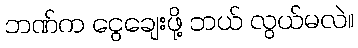
ဘဏ်က ငွေချေးဖို့ ဘယ် လွယ်မလဲ။